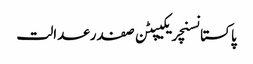
پاکستانسنچریکیپٹن صفدرعدالت